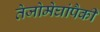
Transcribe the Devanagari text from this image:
तेजोमेघांपैकी